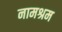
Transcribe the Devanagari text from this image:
नामश्रम